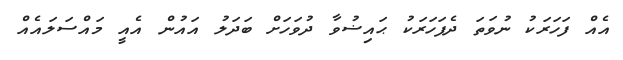
އެއް ފަހަރަކު ނުވަތަ ދެފަހަރަކު ޙައިޟުވާ ދުވަހަށް ބަދަލު އައުން އެއީ މައްސަލައެއް